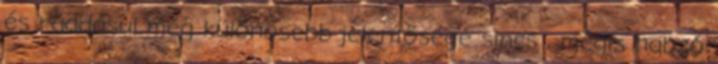
és ráadásul még különösebb jelentősége sincs , mégis habzó